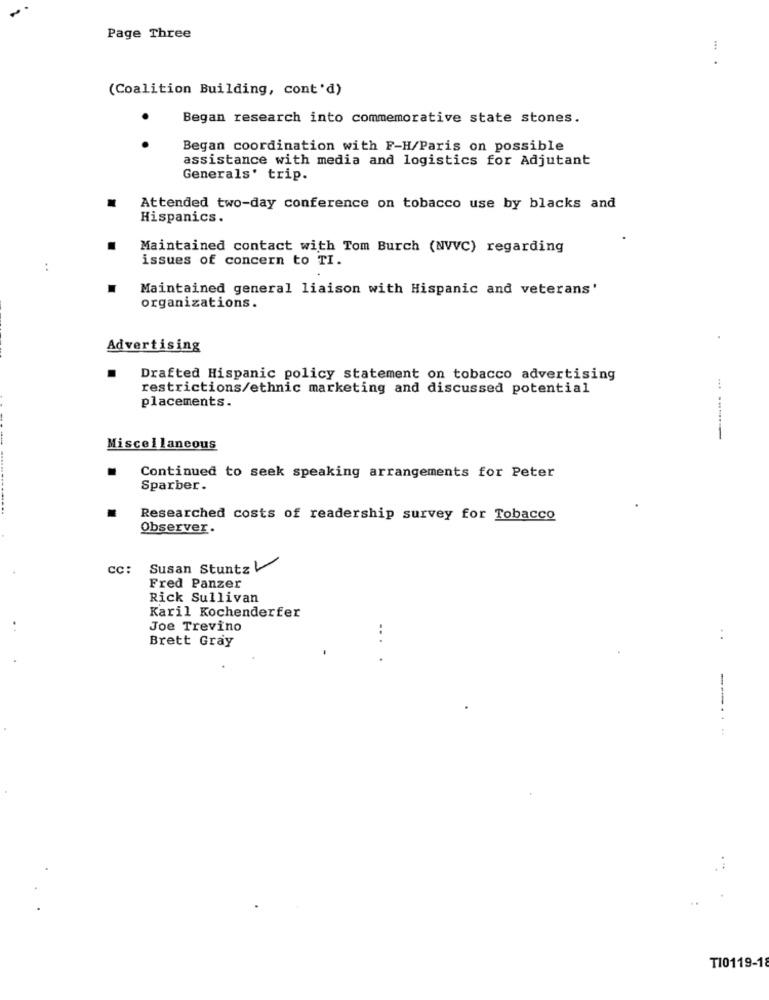
Page Three
(Coalition Building, cont'd)
Began research into commemorative state stones.
Began coordination with F-H/Paris on possible
assistance with media and logistics for Adjutant
Generals' trip.
Attended two-day conference on tobacco use by blacks and
Hispanics.
Maintained contact with Tom Burch (NVVC) regarding
issues of concern to TI.
..
Maintained general liaison with Hispanic and veterans'
organizations.
Advertising
Drafted Hispanic policy statement on tobacco advertising
restrictions/ethnic marketing and discussed potential
placements.
... .......
Miscellaneous
Continued to seek speaking arrangements for Peter
Sparber.
Researched costs of readership survey for Tobacco
Observer.
CC:
Susan Stuntz
Fred Panzer
Rick Sullivan
Karil Kochenderfer
Joe Trevino
Brett Gray
. .
...
--...
TI0119-18